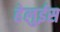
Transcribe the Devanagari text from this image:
हेलुईस